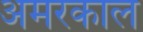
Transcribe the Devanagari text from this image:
अमरकाल